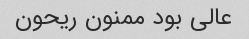
عالی بود ممنون ریحون